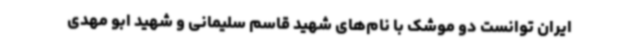
ایران توانست دو موشک با نام‌های شهید قاسم سلیمانی و شهید ابو مهدی